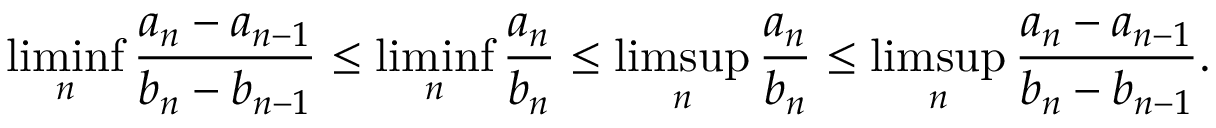
\operatorname* { l i m i n f } _ { n } \frac { a _ { n } - a _ { n - 1 } } { b _ { n } - b _ { n - 1 } } \le \operatorname* { l i m i n f } _ { n } \frac { a _ { n } } { b _ { n } } \le \operatorname* { l i m s u p } _ { n } \frac { a _ { n } } { b _ { n } } \le \operatorname* { l i m s u p } _ { n } \frac { a _ { n } - a _ { n - 1 } } { b _ { n } - b _ { n - 1 } } .